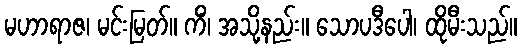
မဟာရာဇ၊ မင်းမြတ်။ ကိံ၊ အသို့နည်း။ သောပဒီပေါ၊ ထိုမီးသည်။